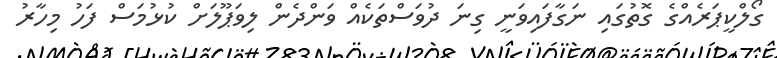
ގޯލްކީޕަރެއްގެ ގޮތުގައި ނަގާފައިވަނީ ގިނަ ދުވަސްތަކެއް ވަންދެން ލިވަޕޫލަށް ކުޅުމަސް ފަހު މިހާރު